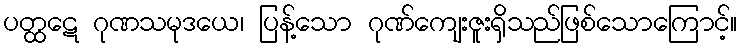
ပတ္ထဋေ ဂုဏသမုဒယေ၊ ပြန့်သော ဂုဏ်ကျေးဇူးရှိသည်ဖြစ်သောကြောင့်။